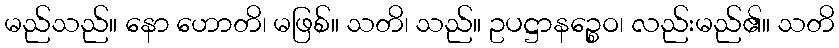
မည်သည်။ နော ဟောတိ၊ မဖြစ်။ သတိ၊ သည်။ ဥပဋ္ဌာနဉ္စေဝ၊ လည်းမည်၏။ သတိ